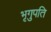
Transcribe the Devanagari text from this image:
भृगुपति